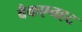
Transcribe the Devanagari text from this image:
वैकएनहट